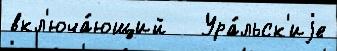
вкл'юча́ющий   Ура́льск'иjе